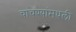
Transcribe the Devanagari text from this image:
चाचण्यांमधली